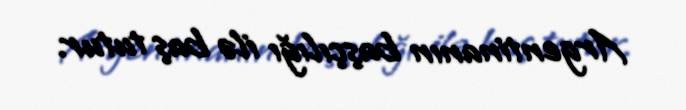
Argentinanın başçılığı ilə baş tutur.